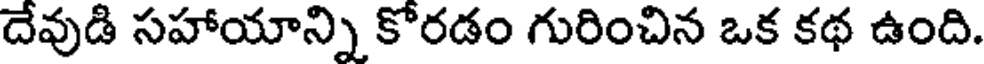
దేవుడి సహాయాన్ని కోరడం గురించిన ఒక కథ ఉంది.